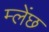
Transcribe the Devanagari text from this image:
म्लेंछ